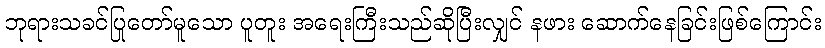
ဘုရားသခင်ပြုတော်မူသော ပူတူး အရေးကြီးသည်ဆိုပြီးလျှင် နဖား ဆောက်နေခြင်းဖြစ်ကြောင်း